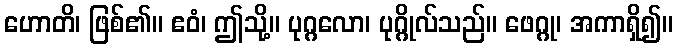
ဟောတိ၊ ဖြစ်၏။ ဧဝံ၊ ဤသို့။ ပုဂ္ဂလော၊ ပုဂ္ဂိုလ်သည်။ ဖေဂ္ဂု၊ အကာရှိ၍။